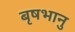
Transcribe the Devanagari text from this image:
बृषभानु